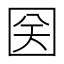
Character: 𱕼